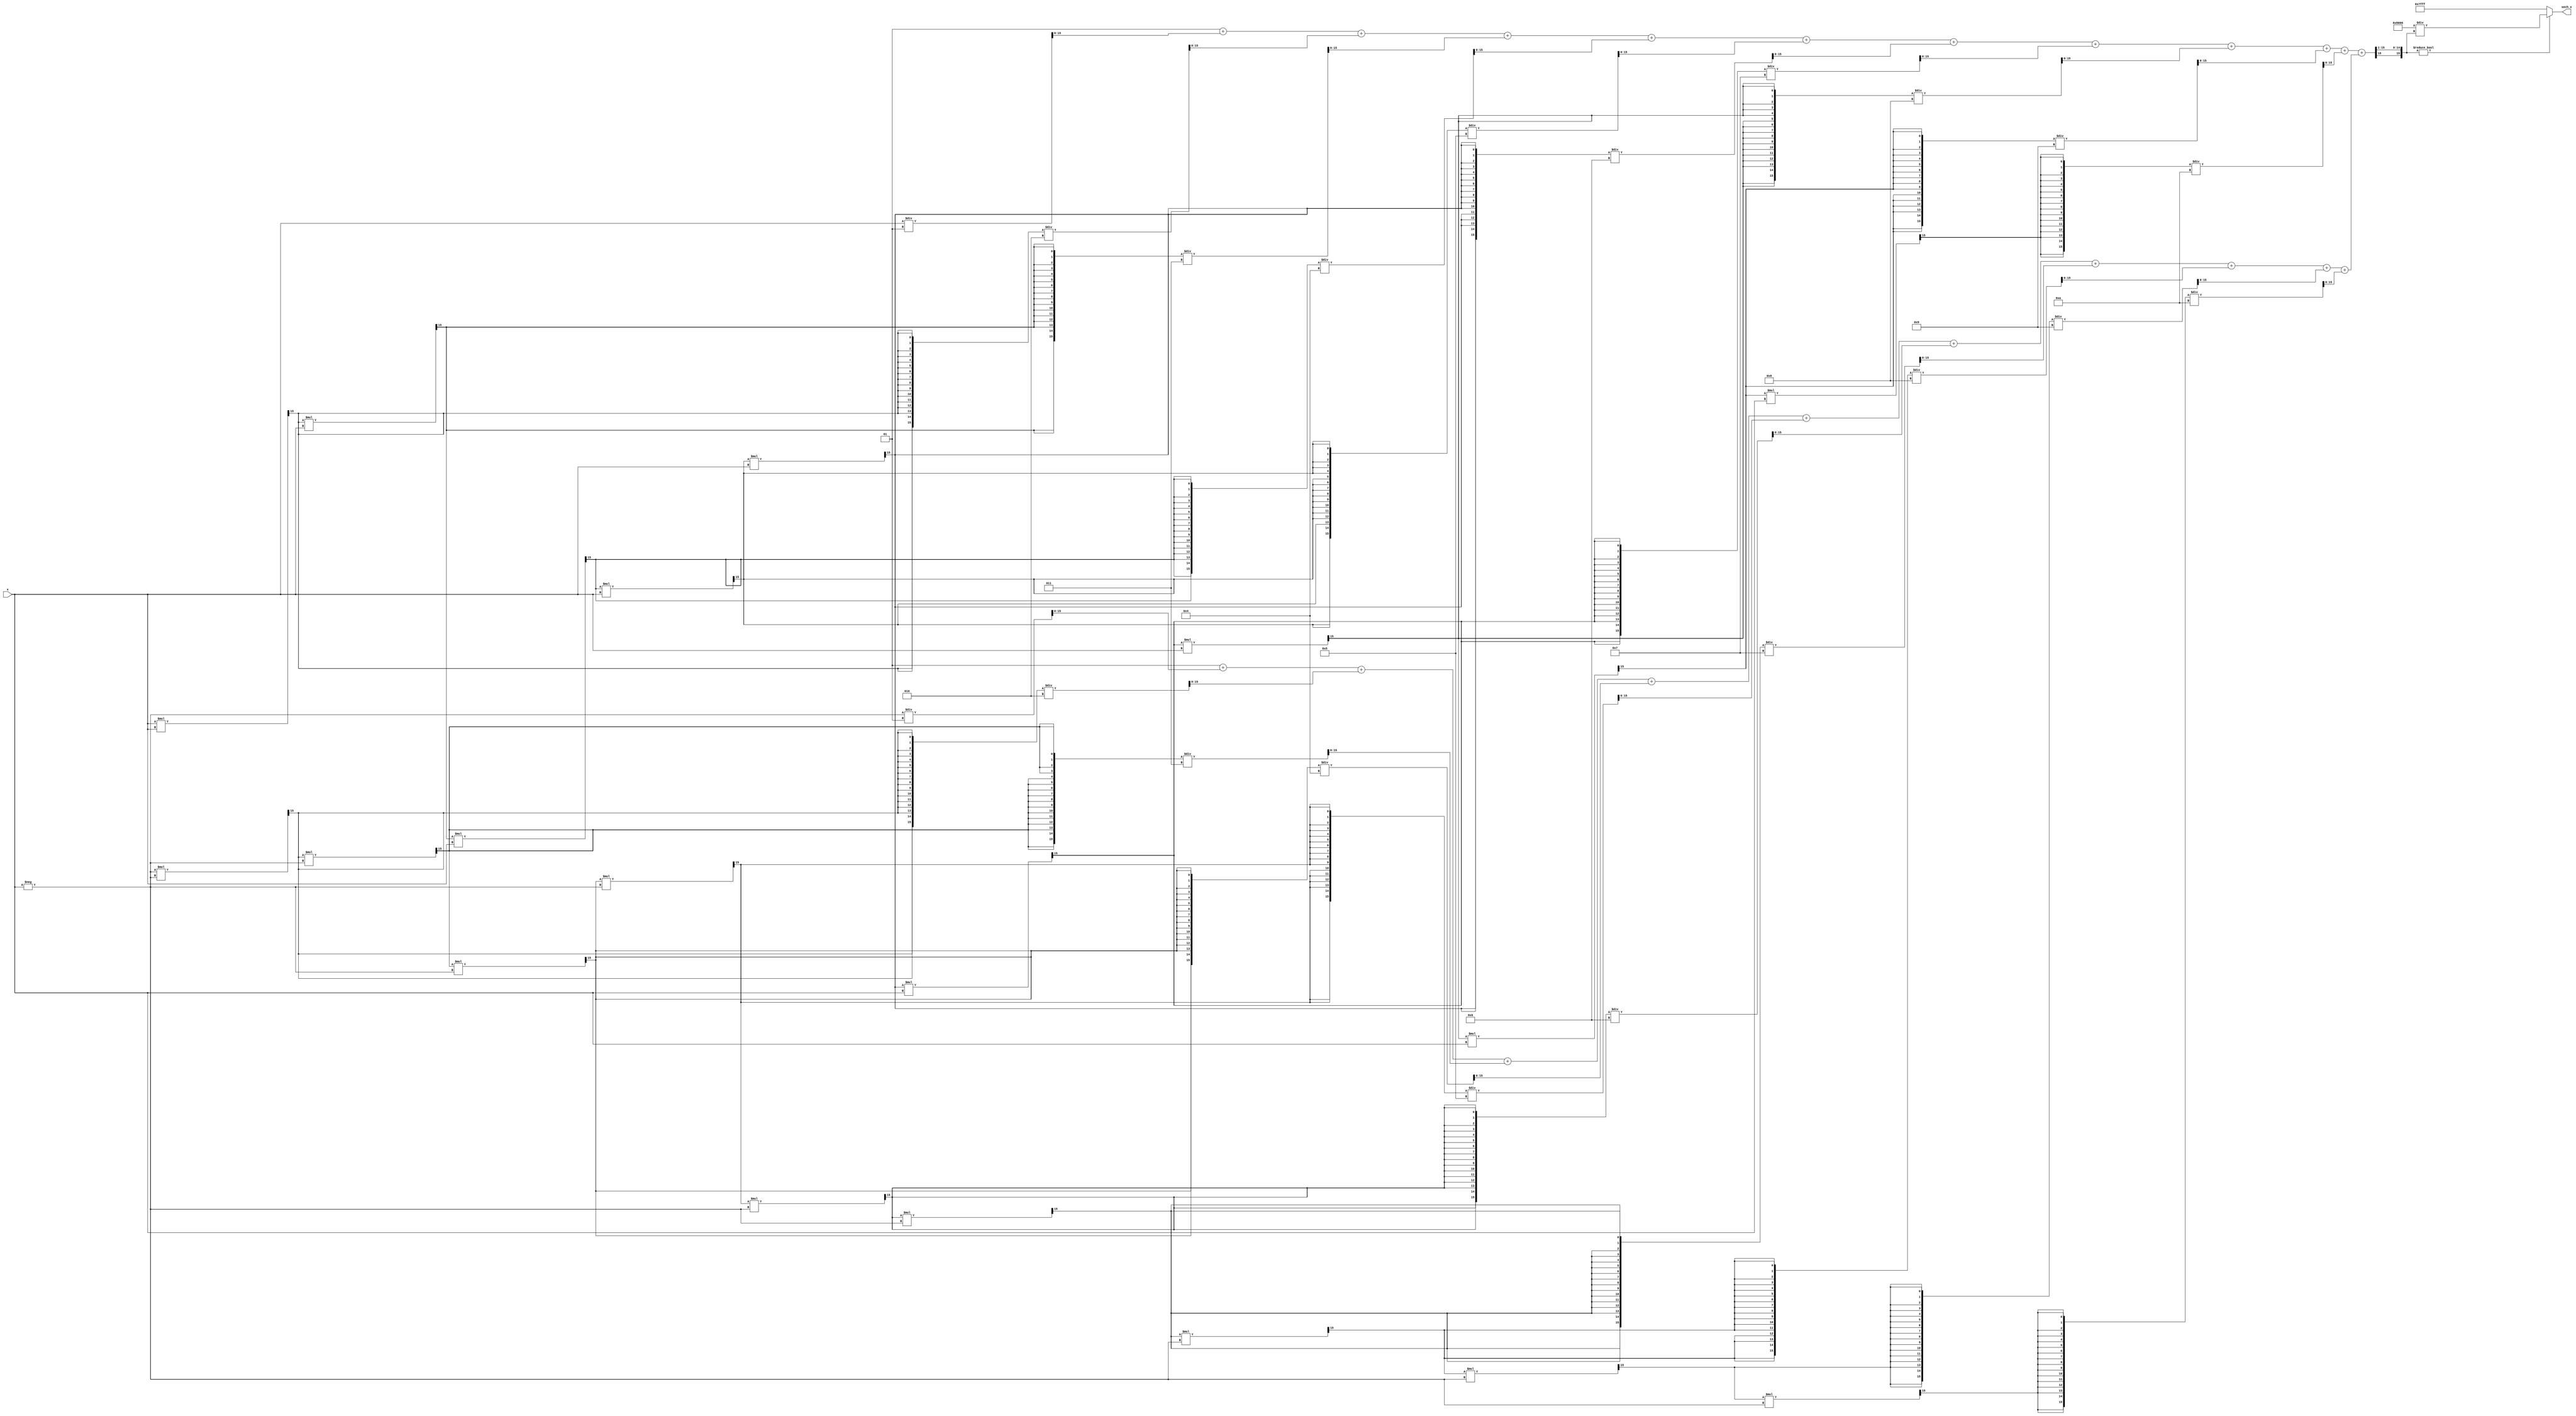
module hyperbolic_secant (
    input wire signed [15:0] x, // Input: fixed-point representation of x
    output wire signed [15:0] sech_x // Output: hyperbolic secant of x
);

    // Internal signals
    wire signed [15:0] e_x;          // e^x
    wire signed [15:0] e_neg_x;      // e^(-x)
    wire signed [15:0] cosh_x;       // hyperbolic cosine of x
    reg signed [15:0] temp_cosh;     // temporary variable for cosh calculation
    reg signed [15:0] reciprocal;     // reciprocal of cosh_x

    // Exponential calculation approximation (fixed-point)
    function signed [15:0] exp_func(input signed [15:0] input_val);
        reg signed [15:0] term;
        reg signed [15:0] result;
        integer i;

        begin
            result = 16'h0001; // e^0 = 1
            term = input_val;  // First term
            
            // Taylor series expansion for e^x ~ 1 + x + x^2/2! + x^3/3! + ...
            for (i = 1; i <= 10; i = i + 1) begin
                if (i > 1) begin
                    term = (term * input_val) >>> 15; // term = term * x / 2^15
                end
                result = result + (term / i); // Add current term to result
            end
            
            exp_func = result;
        end
    endfunction

    // Compute e^x
    assign e_x = exp_func(x);

    // Compute e^(-x)
    assign e_neg_x = exp_func(-x);

    // Compute hyperbolic cosine
    assign cosh_x = (e_x + e_neg_x) >>> 1; // Cosh = (e^x + e^(-x)) / 2

    // Compute reciprocal (sech)
    always @(*) begin
        if (cosh_x != 16'h0000) // Check for division by zero
            reciprocal = (16'h0001 << 15) / cosh_x; // 1 << 15 = 2^15
        else
            reciprocal = 16'h7FFF; // Return max value to indicate undefined sech(x)
    end

    // Output the result
    assign sech_x = reciprocal;

endmodule